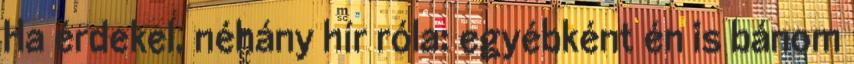
Ha érdekel, néhány hír róla: egyébként én is bánom